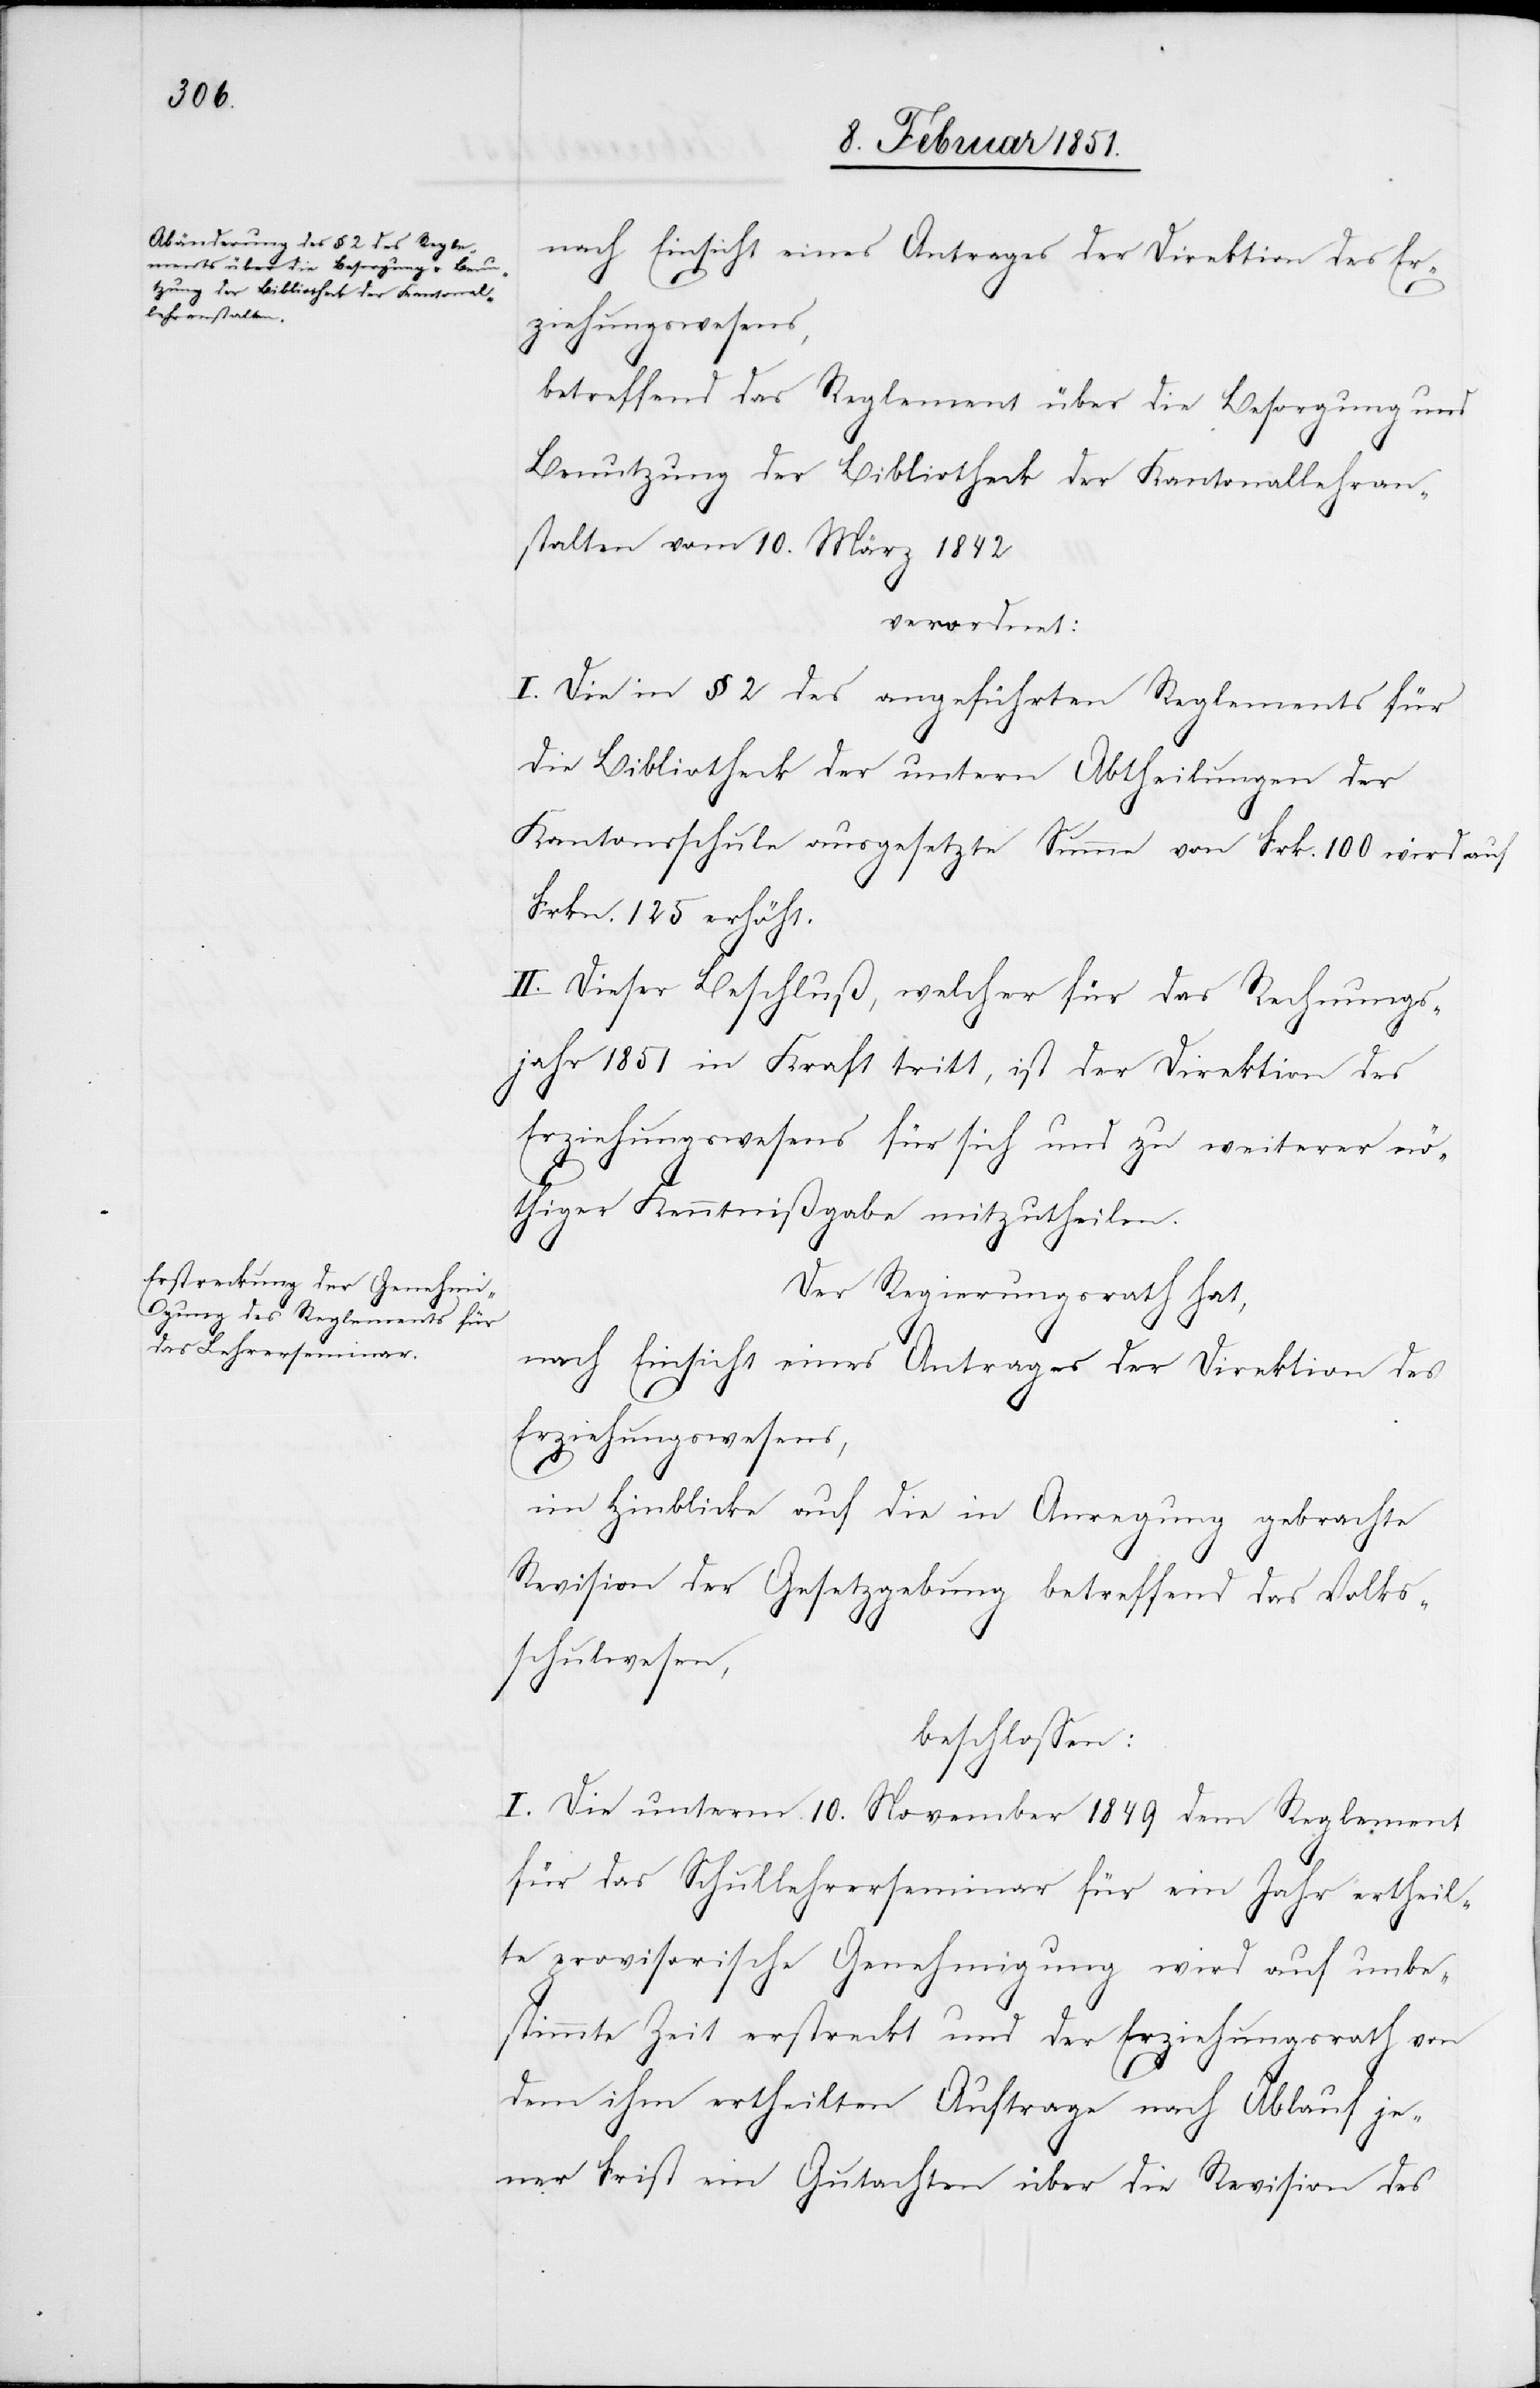
betreffend das Reglement über die Besorgung und
Benutzung der Bibliotheck der Kantonallehran¬
stalten vom 10. März 1842
verordnet:
I. Die in § 2 des angeführten Reglements für
die Bibliotheck der untern Abtheilungen der
Kantonsschule ausgesetzte Summe von Frk. 100 wird auf
Frkn. 125 erhöht.
II. Dieser Beschluß, welcher für das Rechnungs¬
jahr 1851 in Kraft tritt, ist der Direktion des
Erziehungswesens für sich und zu weiterer nö¬
thiger Kenntnißgabe mitzutheilen.
Der Regierungsrath hat,
nach Einsicht eines Antrages der Direktion des
Erziehungswesens,
im Hinblicke auf die in Anregung gebrachte
Revision der Gesetzgebung betreffend das Volks¬
schulwesen,
beschlossen:
I. Die unterm 10. November 1849 dem Reglement
für das Schullehrerseminar für ein Jahr ertheil¬
te provisorische Genehmigung wird auf unbe¬
stimmte Zeit erstreckt und der Erziehungsrath von
dem ihm ertheilten Auftrage nach Ablauf je¬
ner Frist ein Gutachten über die Revision des